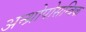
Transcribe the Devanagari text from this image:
अन्थ्रोपोसन्त्रिक